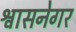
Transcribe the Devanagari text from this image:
श्वासनेगर